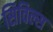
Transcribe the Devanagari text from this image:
सिविल्स